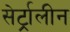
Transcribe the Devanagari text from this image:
सेर्ट्रालीन